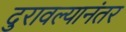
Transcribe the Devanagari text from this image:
दुरावल्यानंतर